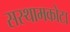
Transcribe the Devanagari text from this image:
सस्थामकोटा